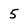
Character: 5